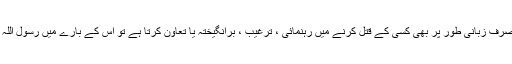
بلکہ اس کے علاوہ صرف زبانی طور پر بھی کسی کے قتل کرنے میں رہنمائی ، ترغیب ، برانگیختہ یا تعاون کرتا ہے تو اس کے بارے میں رسول اللہ ﷺ نے ارشاد فرمایا۔